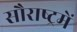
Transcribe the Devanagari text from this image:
सौराष्‍ट्रमें